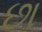
છા